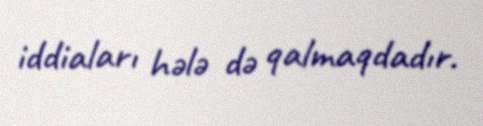
iddiaları hələ də qalmaqdadır.